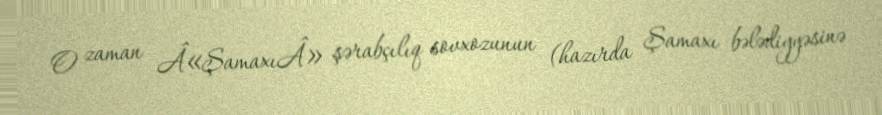
O zaman Â«ŞamaxıÂ» şərabçılıq sovxozunun (hazırda Şamaxı bələdiyyəsinə